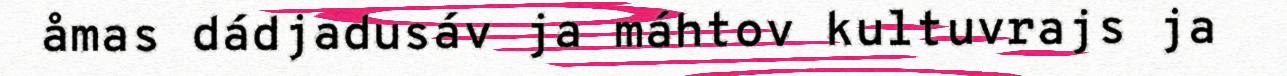
åmas dádjadusáv ja máhtov kultuvrajs ja